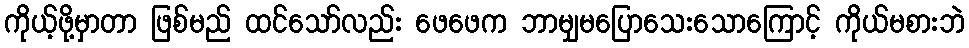
ကိုယ့်ဖို့မှာတာ ဖြစ်မည် ထင်သော်လည်း ဖေဖေက ဘာမျှမပြောသေးသောကြောင့် ကိုယ်မစားဘဲ